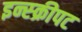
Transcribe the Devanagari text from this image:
इन्स्क्रीपट